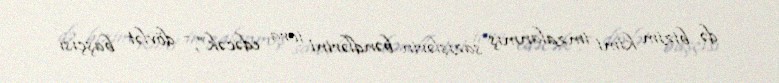
də bizim kimi imzalanmış sazişlərin bəndlərini icra edəcək”, - dövlət başçısı